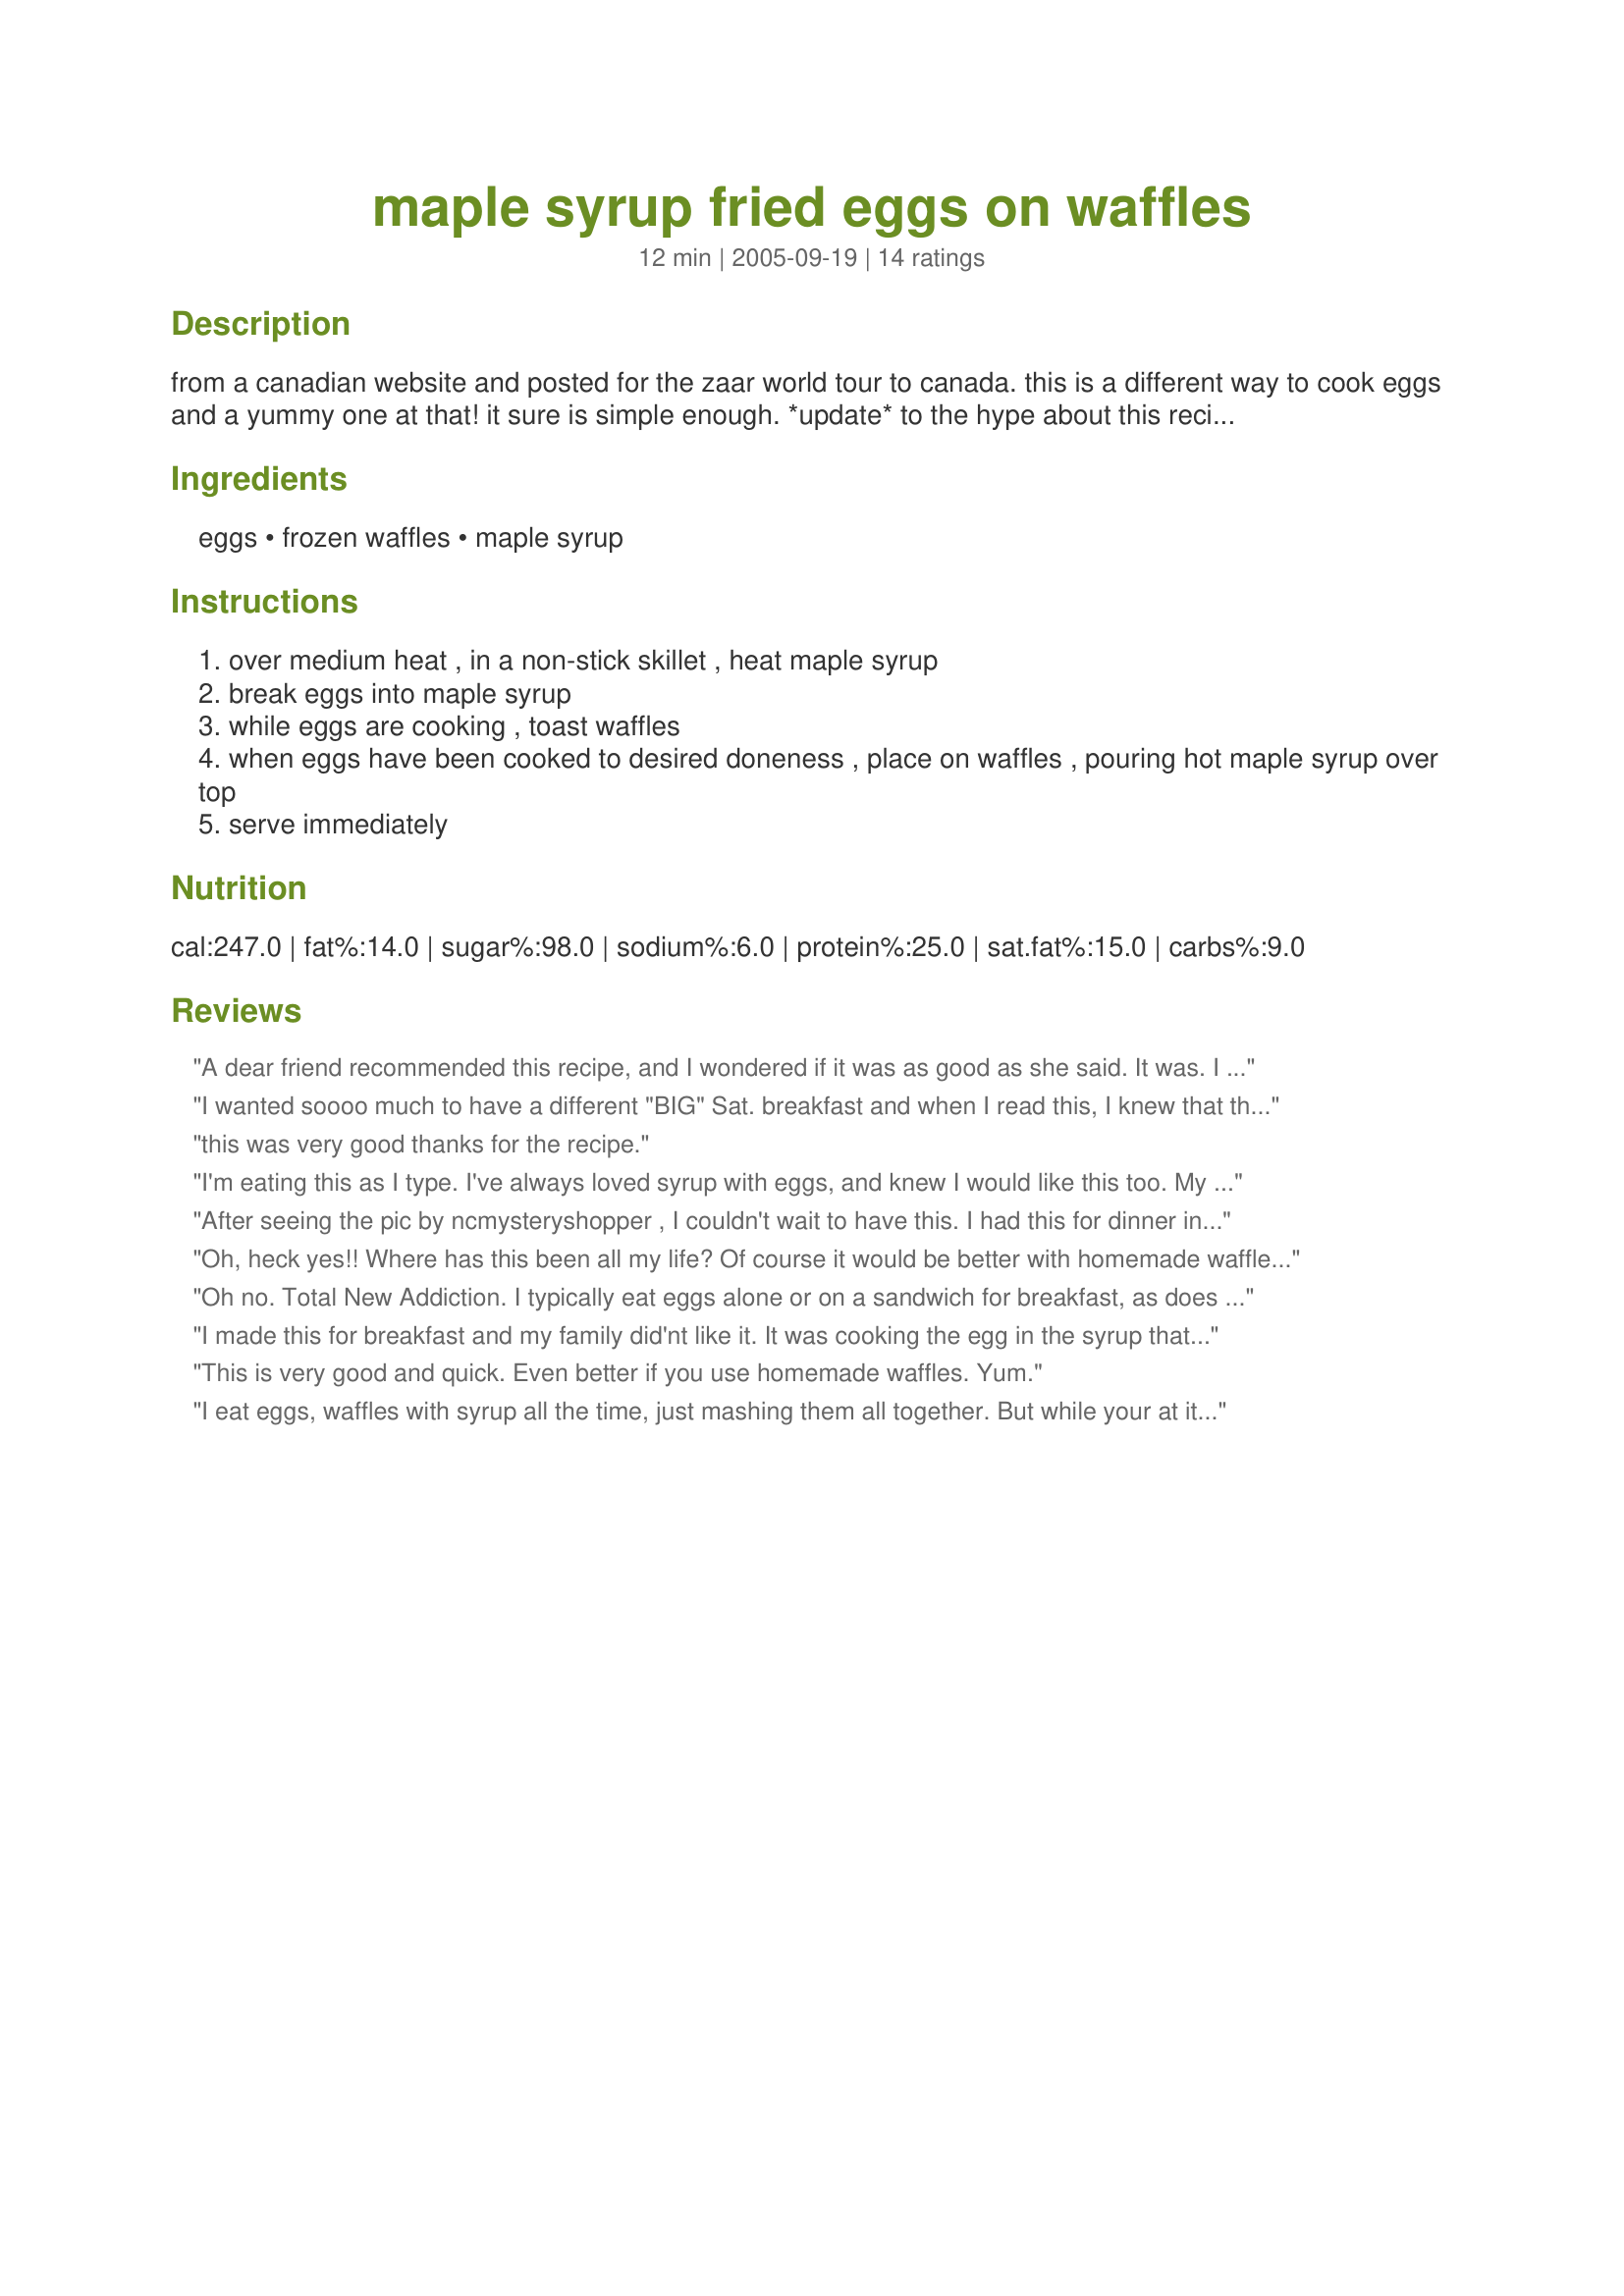
maple syrup fried eggs on waffles
Preparation time: 12 minutes

from a canadian website and posted for the zaar world tour to canada. this is a different way to cook eggs and a yummy one at that! it sure is simple enough. *update* to the hype about this recipe! a non stick pan is a must..once i did these over the campfire in cast iron and burned the heck out of the syrup, but that may have been my fault! yes i have done brown and serve sausages in the pan with the syrup, just add a little more syrup. and i have even done the sausages with some thinly sliced apples in a little butter and the syrup, cooked til tender then add the eggs and a little more syrup. i personally don't like fried eggs or runny yolks, so for my portion i tend to break the yolk and loosely scramble the egg before dropping it in the hot syrup.....then i just let it cook kind of like and omelet with out mixing it too much until it sets then dump the whole thing on the waffle! in a pinch we have this with frozen french toast but it is so much better with a nice fat crunch eggo!

Ingredients:
eggs, frozen waffles, maple syrup

Steps:
over medium heat , in a non-stick skillet , heat maple syrup
break eggs into maple syrup
while eggs are cooking , toast waffles
when eggs have been cooked to desired doneness , place on waffles , pouring hot maple syrup over top
serve immediately

Reviews:
A dear friend recommended this recipe, and I wondered if it was as good as she said. It was.

I made waffles from scratch. I probably overcooked them slightly, but that worked. I did flip the eggs over, and one yellow survived. I ended up putting all the syrup in the pan on that 1-1/2 waffle and 2 eggs, and I had a lovely dinner. I decided I didn't want to wait until breakfast to enjoy.

Wonderful recipe, Laurie.
I wanted soooo much to have a different "BIG" Sat. breakfast and when I read this, I knew that this was IT. I made some wheat sour dough Belgian waffle. I didn't fry the egg but poached an egg. I poured the maple syrup on the waffle and topped it with the egg. This made my house the best restruant in town. I'll be doing this often.
this was very good thanks for the recipe.
I'm eating this as I type. I've always loved syrup with eggs, and knew I would like this too. My pan heated unevenly, and some of the syrup burned, so I know next time to lower the heat and just be patient while the egg cooks. None the less, it's delicious and I like that you don't have to add any fat.
After seeing the pic by ncmysteryshopper , I couldn't wait to have this. I had this for dinner instead of breakfast. I never ever thought to do something like this. I would love to know how you came up with it. Absolutely DELICIOUS! I used a little butter in the pan and used a cinnamon waffle. HEAVENLY! This is my keeper for life recipe!!! After I finished eating and my pan cooled off, I scraped the hardened butter/syrup mixture out and had DESERT! Thank you so much ncmysteryshopper for the pic and LAURIE for posting this recipe!

Oh, heck yes!! Where has this been all my life? Of course it would be better with homemade waffles, but for something quick, this totally works :) Needed more syrup in the end though, I like mine drowning in it :)
Oh no. Total New Addiction. I typically eat eggs alone or on a sandwich for breakfast, as does DH. I LOVE waffles, and thought I'd give this a try. This is both our favorite breakfast fix. I used Recipe#1317994 for the waffle here which I think balanced the sweetness of the syrup perfectly, and toasted them to get a bit of a 'crunch' factor. I used light syrup which worked perfectly. On a subsequent batch (yup - we had seconds!) I added a Tablespoon of Smart Balance for a buttery flavor which we also really liked. Thank you so much for a fantastic recipe. It's the breakfast I'll be serving to company!
I made this for breakfast and my family did'nt like it. It was cooking the egg in the syrup that didn't go over well. I'm sorry. I tried.
This is very good and quick. Even better if you use homemade waffles. Yum.
I eat eggs, waffles with syrup all the time, just mashing them all together. But while your at it put bacon or slice of ham between waffle and eggs.
I did like this, but I guess I was expected more of a "fried" egg. This was more like a poached egg and I'm not particularly fond of poached anything. It was a fun change of pace.
A co-worker was talking about poached eggs in maple syrup so I checked on zaar and as always, was able to find a recipe here. We didn't have the maple syrup so just used regular syrup and served on toast - we have bought the maple syrup so next time will try serving on waffles
Wow Laurie! This dish really rocks. I made this for my SS and I have NEVER seen a boy inhale his eggs so quickly. I'm not much of a sweet eater but the egg yolks really temper this dish and the combo of the yolk and the syrup results in the most wonderful taste. This is my surprise find of the month. Thanks, dear! I can't wait to make these for Dugan this weekend... he has a real sweet tooth and he is going to flip!
This was great! I love eggs with pancakes so I knew I would like this one!!! I was worried that the syrup would stick to the pan with the eggs, but it doesn't! Great Canadian Breakfast Recipe! UPDATED TO ANSWER SOME POPULAR QUESTIONS: *I let the syrup get hot before adding the eggs. I cooked them on medium in a non stick pan and patiently waited until it was time to turn them. *There is not enough syrup in the pan to make them splash. *They do not stick to the pan, they sort of slide around in the syrup. * No, I did not add butter. * There is no splatter like grease. 
* I don't know if you can cook sausage in the same pan.... I don't see why not? * *No they really are not sickly sweet and you do not need to add syrup to the waffles after.... the syrup flavored eggs give it the perfect amount of sweetness. 
* Yes, I added syrup, but it was only for the photo to get the "syrup effect”. I have made them again without adding syrup and liked them even more.
